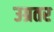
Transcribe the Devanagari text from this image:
उग्रतर